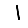
Digit: 1